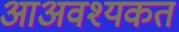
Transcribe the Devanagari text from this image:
आअवश्यकत